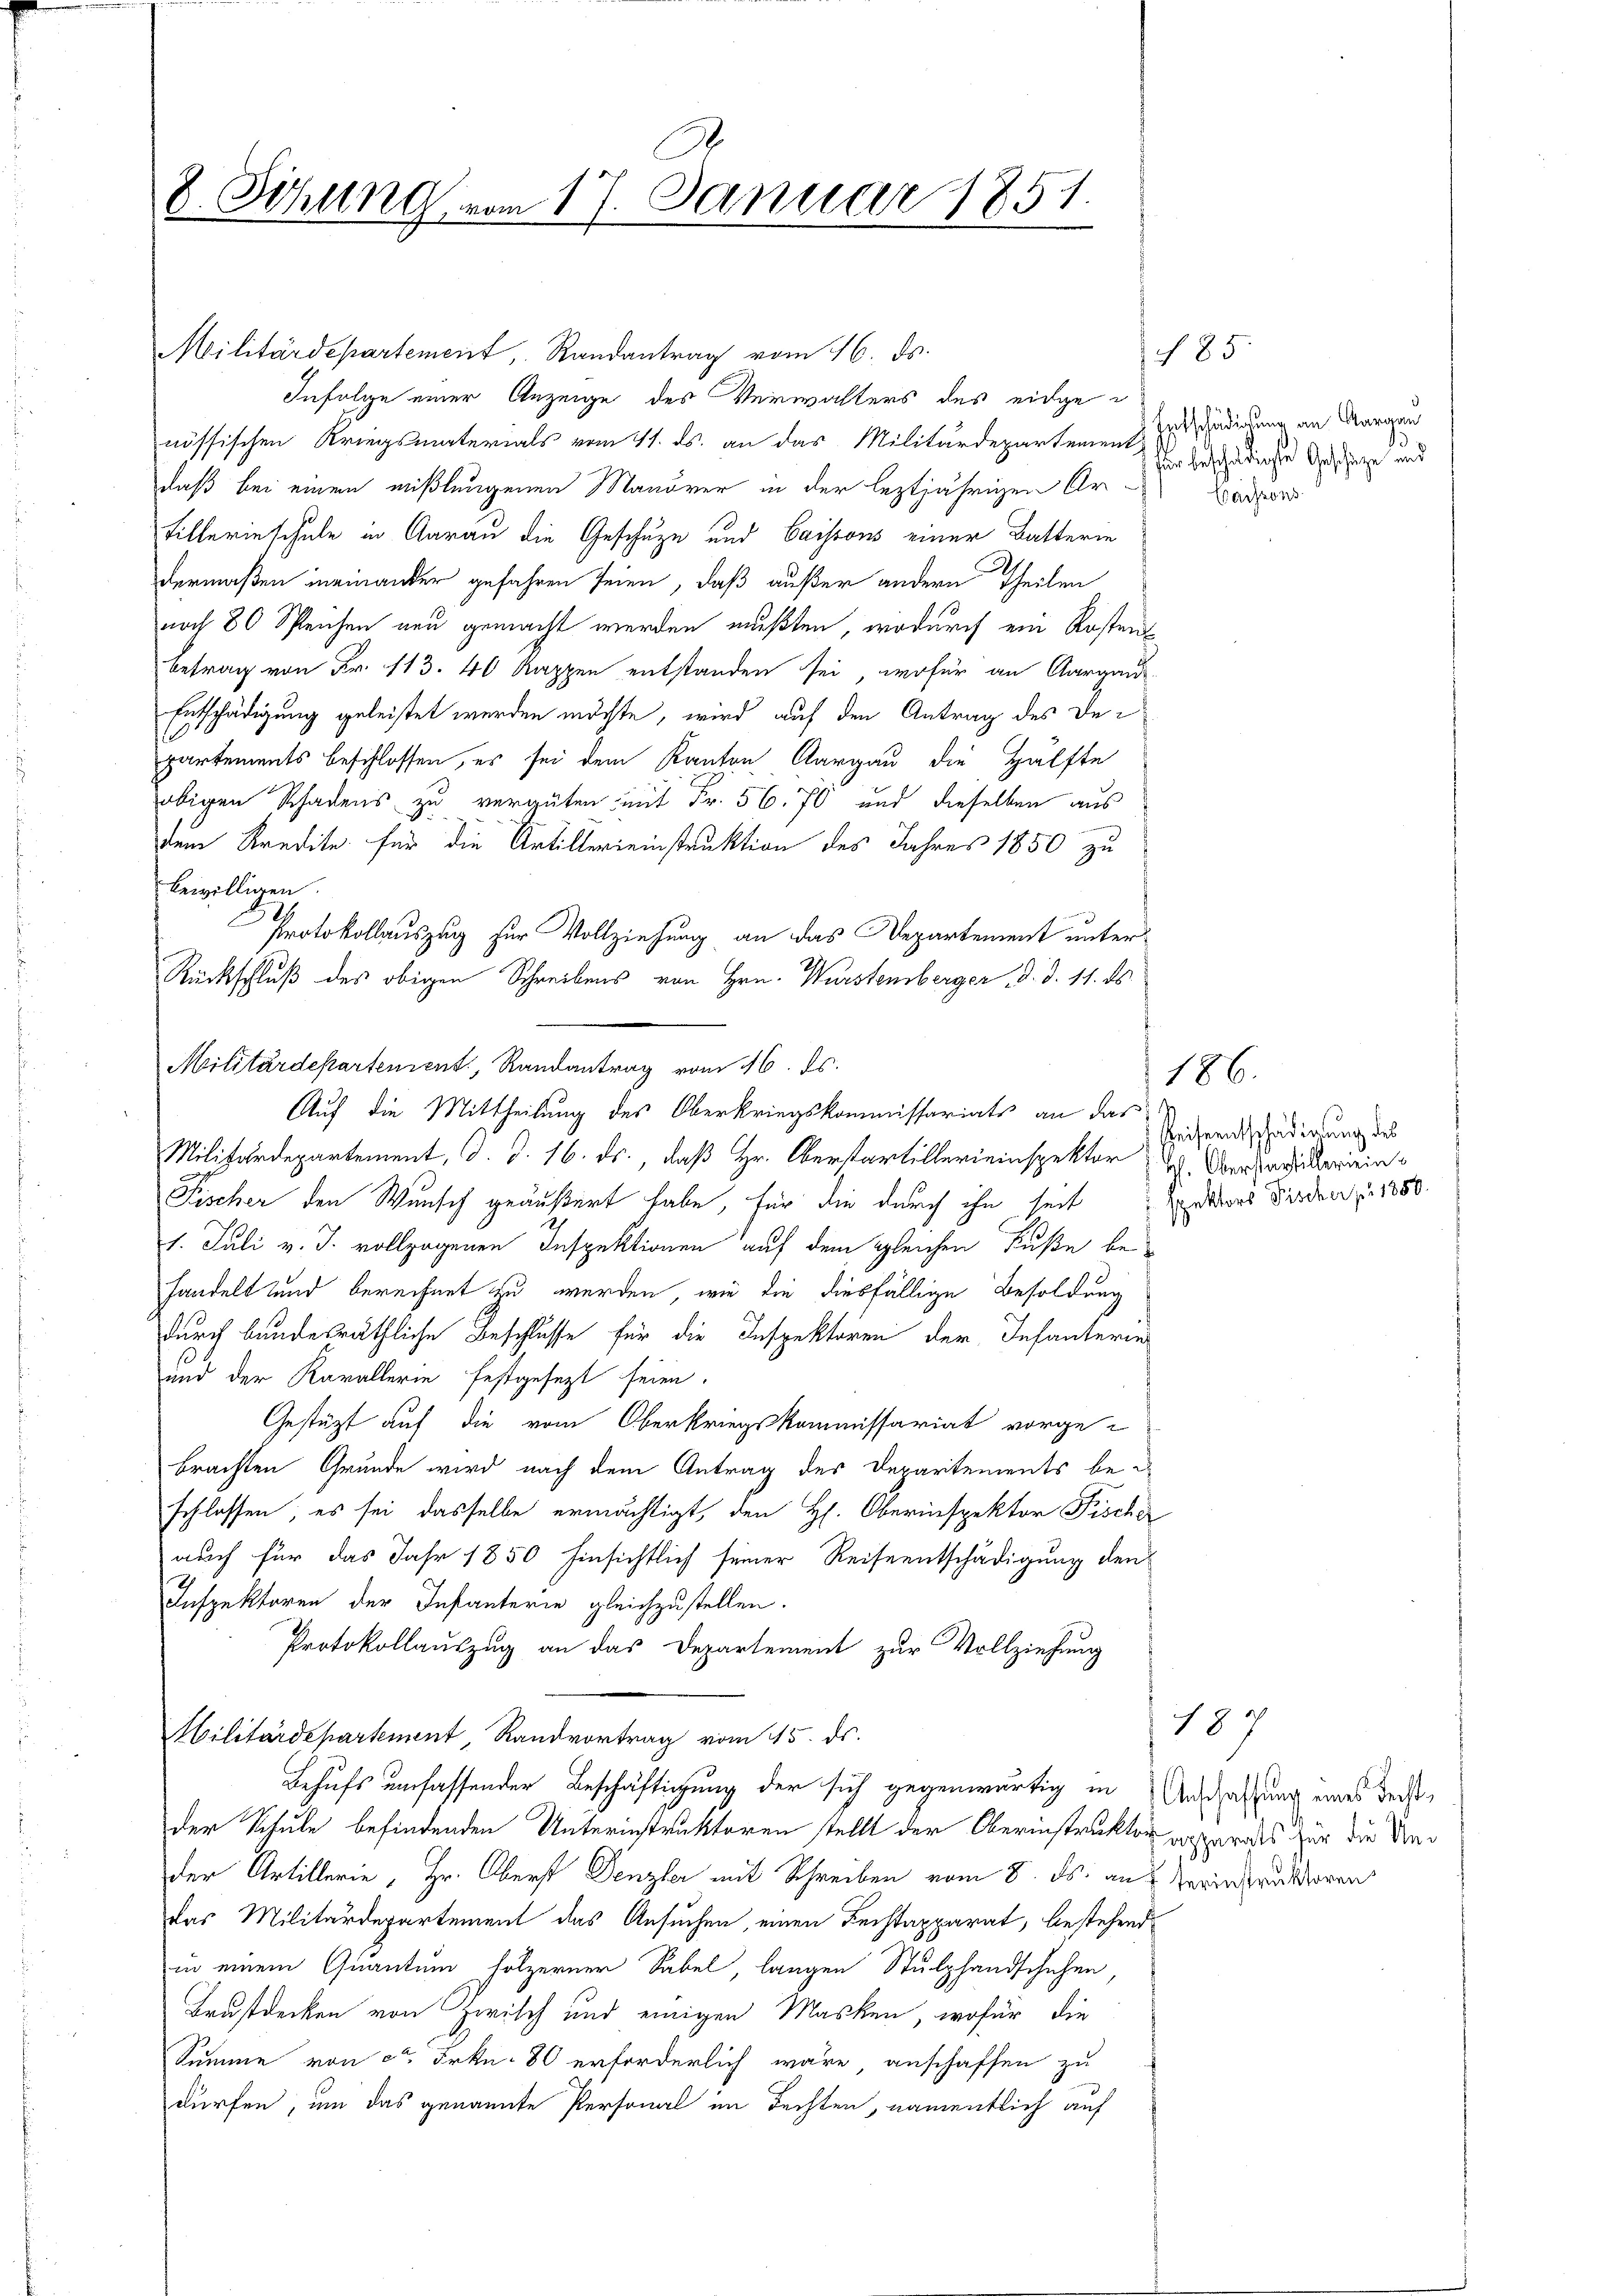
8. Sitzung vom 17. Januar 1851.

Militärdepartement, Randantrag vom 16. ds.
Infolge einer Anzeige des Verwalters des eidgenössischen Kriegsmaterials vom 11. ds. an das Militärdepartement ist dingung an Margau
daß bei einen mißlungenen Manöver in der leztjährigen Arfillerinschule in Aarau die Geschuze und Caissons einer Batterin
2.
dermaßen ineinander gefahren seien, daß außer andern Theilen
noch 80 Speichen neu gemacht werden mußten, wodurch ein Rostens
Betrag von Fr. 113. 40 Rappen entstanden sei, wofür an Aargaus-
Entschädigung geleistet werden möchte, wird auf den Antrag des De¬
1
partements beschlossen, es sei dem Kanton Aargau die Hälfte
obigen Schadens zu vergüten mit Fr. 56. 70 und dieselben aus
dem Kredite für die Artillereinstruktion des Jahres 1850 zu
bewilligen.
2.
Protokollauszug zur Vollziehung an das Departement unter¬
Rückschluß des obigen Schreibens von Hrn. Würstensberger, d. d. 11. ds.
Militärdepartement, Randantrag vom 16. ds.
Auf die Mittheilung des Oberkriegskommissariats an das
Militärdepartement, d. d. 16. ds., daß Hr. Oberstartillereinspektor 2 Versagberein¬
Fischer den Wunsch geäußert habe, für die durch ihn seit Exetors Dieder p. 1880.
1. Juli v. J. vollzogenen Inspektionen auf dem gleichen Fuße be-
handelt und berechnet zu werden, wie die diesfällige Besoldung
durch bundesräthliche Beschlusse für die Inspektoren der Infanterie
und der Kavallerie festgesetzt seien.
Gestüzt auf die vom Oberkriegskommissariat vorgebrachten Grunde wird nach dem Antrag des Deparitements beschlassen, es sei dasselbe ermächtigt, den H. Oberinspektor Fische
auch für das Jahr 1850 hinsichtlich seiner Reiseentschädigung den
Inspektoren der Infanterie gleichzustellen.
Protokollauszug an das Departement zur Vollziehung
Militärdepartement, Randvortrag vom 15. ds.
Behufs umfassender Beschäftigung der sich gegenwärtig in Anschaffung eines dersder Schule befindenden Unterinstruktoren stellt der Oberinstruktor vorzuristes für die Under Artillerie, Hr. Oberst Denzler mit Schreiben vom 8. ds. an Vereinstruktoren
das Militärdepartement das Ansuchen, einen Fechtapparat, bestehend
in einem Quantum hölzerner Sabel, langen Stulzhandschehen,
Brustdecken von Zwilch und einigen Masken, wofür die
Summe von ca Frkn. 80 erforderlich wäre anschaffen zu
dürfen, um das genannte Personal im Fechten, namentlich auf

185.

7
für beschädigste Geschätze und
Caissens

186.

eiseentschädigung des

187